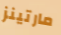
مارتينز